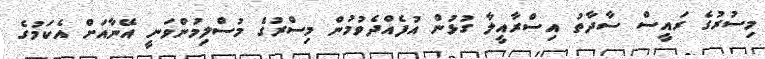
މިސުރުގެ ރައީސް ސާދާތު އިސްރާއީލާ ގުޅުން އުފެއްދެވުމުން މިސްރުގެ މުސްލިމުންވަނީ އޭނާއަށް އެކަމުގެ